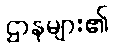
ဌာနများ၏